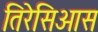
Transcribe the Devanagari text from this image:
तिरेसिआस